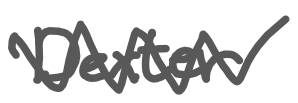
Text: Dexter
Cross-out: mix
Writing tool: digital_gray